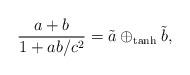
LaTeX: \begin{align*} \frac{a+b}{1+ab/c^{2}}=\tilde{a}\oplus _{\mathrm{tanh}}\tilde{b}, \end{align*}